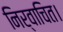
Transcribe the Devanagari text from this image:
निर्वाचित।